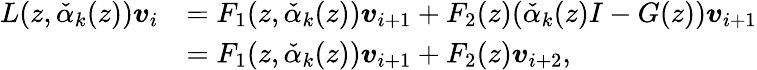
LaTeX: \begin{array}{rl}{L(z,\check{\alpha}_{k}(z))\boldsymbol{v}_{i}}&{=F_{1}(z,\check{\alpha}_{k}(z))\boldsymbol{v}_{i+1}+F_{2}(z)(\check{\alpha}_{k}(z)I-G(z))\boldsymbol{v}_{i+1}}\\ &{=F_{1}(z,\check{\alpha}_{k}(z))\boldsymbol{v}_{i+1}+F_{2}(z)\boldsymbol{v}_{i+2},}\end{array}